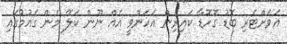
އަވަށްޓެރި ބޮޑު ގޮހޮޑާ ކައިރިން އަހަންވީ އެއް ނޫން ކަލޭ މެން ގައުމުގައި